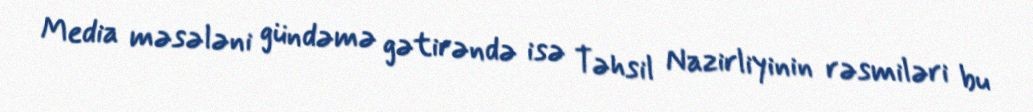
Media məsələni gündəmə gətirəndə isə Təhsil Nazirliyinin rəsmiləri bu